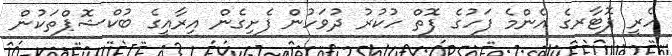
ހެރީ ޕޮޓާރގެ އެންމެ ފަހުގެ ފޮތް ހުކުރު ދުވަހުން ފެށިގެން އިރާއީގެ ބުކްޝޮޕްތަކުން